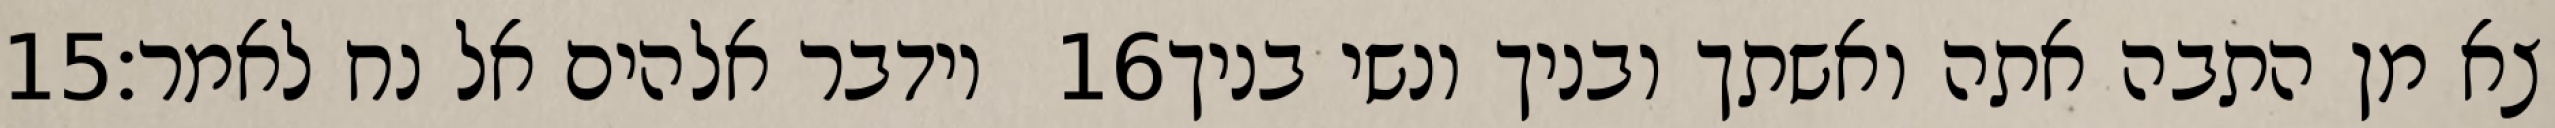
‎15‏ וידבר אלהים אל נח לאמר׃ ‎16‏ צא מן התבה אתה ואשתך ובניך ונשי בניך